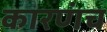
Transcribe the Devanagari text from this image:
कारणंच